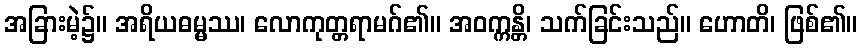
အခြားမဲ့၌။ အရိယဓမ္မဿ၊ လောကုတ္တရာမဂ်၏။ အဝက္ကန္တိ၊ သက်ခြင်းသည်။ ဟောတိ၊ ဖြစ်၏။